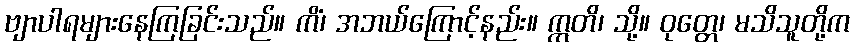
ဗျာပါရများနေကြခြင်းသည်။ ကိံ၊ အဘယ်ကြောင့်နည်း။ ဣတိ၊ သို့။ ဝုတ္တေ၊ မသိသူတို့က